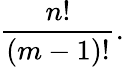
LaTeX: {\frac{n!}{(m-1)!}}.